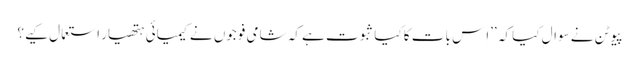
پیوٹن نے سوال کیا کہ ’’اِس بات کا کیا ثبوت ہے کہ شامی فوجوں نے کیمیائی ہتھیار استعمال کیے؟